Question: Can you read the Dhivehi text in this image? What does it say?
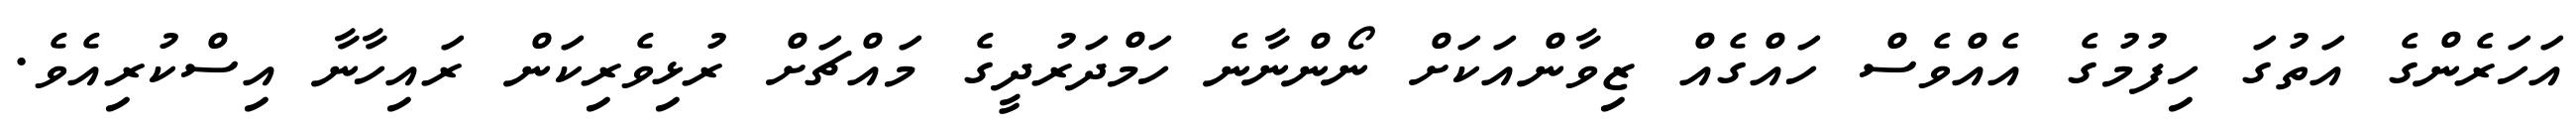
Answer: އަހަރެންގެ އަތުގަ ހިފުމުގެ އެއްވެސް ހައްގެއް ޒިވާންއަކަށް ނޯންނާނެ ހަމްދަރުދީގެ މައްޗަށް ރުޅިވެރިކަން ރައިހާނާ އިސްކުރިއެވެ.